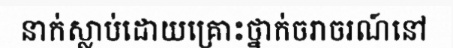
នាក់ស្លាប់ដោយគ្រោះថ្នាក់ចរាចរណ៍នៅ